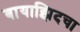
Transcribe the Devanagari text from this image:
बायाझिदचा